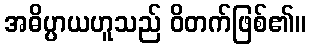
အဓိပ္ပာယဟူသည် ဝိတက်ဖြစ်၏။